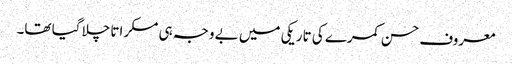
معروف حسن کمرے کی تاریکی میں بے وجہ ہی مسکراتا چلا گیا تھا۔